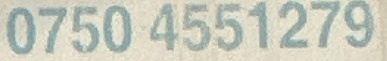
0750 4551279